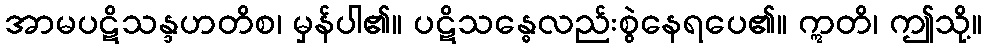
အာမပဋိသန္ဒဟတိစ၊ မှန်ပါ၏။ ပဋိသန္ဓေလည်းစွဲနေရပေ၏။ ဣတိ၊ ဤသို့။